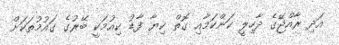
އަދި ރާއްޖޭގެ ދާހިލީ ކަންކަމާއި ގޮތް ކިޔާ ފާޑު ކިއުމަކީ ބޭރުގެ ގައުމުތަކަށް